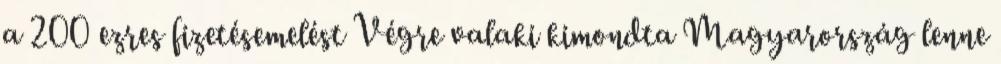
a 200 ezres fizetésemelést Végre valaki kimondta Magyarország lenne